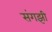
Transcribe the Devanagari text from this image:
संगझी